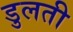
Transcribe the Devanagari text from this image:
डुलती